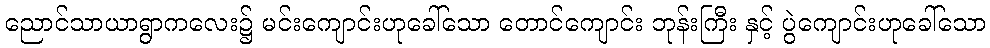
ညောင်သာယာရွာကလေး၌ မင်းကျောင်းဟုခေါ်သော တောင်ကျောင်း ဘုန်းကြီး နှင့် ပွဲကျောင်းဟုခေါ်သော